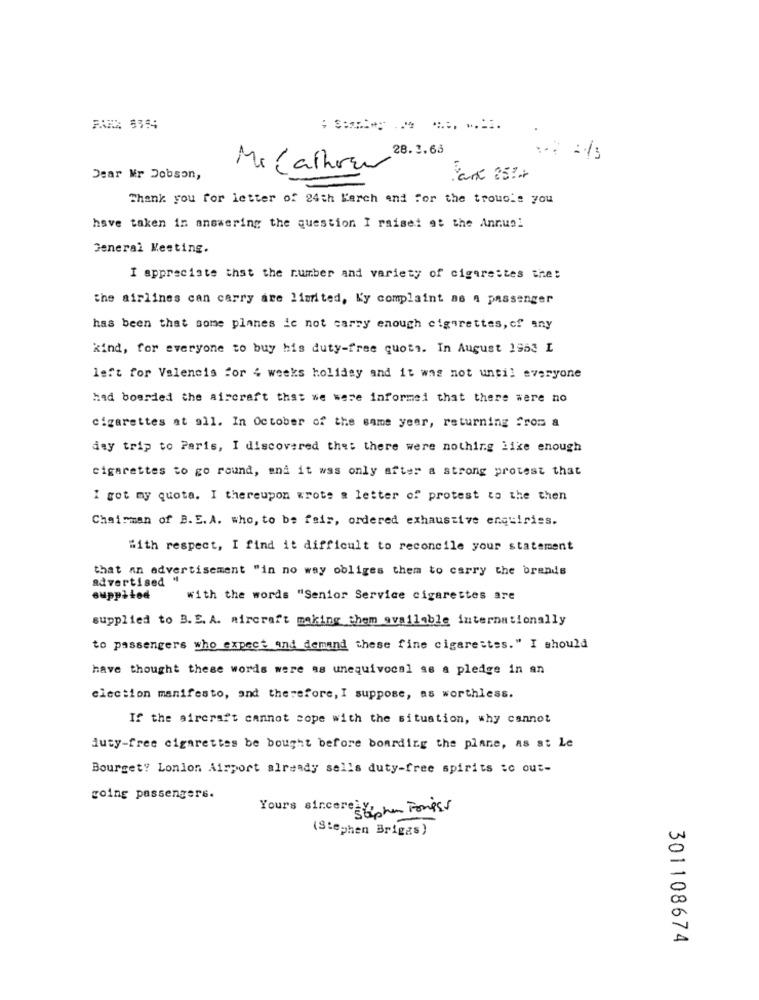
28.3.63
MeCalhou
Dear Mr Dobson,
Park 25:+
Thank you for letter of 24th March and for the trouois you
have taken in answering the question I raisei at the Annual
General Meeting.
I appreciate that the number and variety of cigarettes the:
the airlines can carry are limited, Ky complaint as A passenger
has been that some planes ic not carry enough cigarettes, of any
kind, for everyone to buy his duty-free quots. In August 1953 I
left for Valencia for 4 weeks holiday and it was not until everyone
had boarded the aircraft that we were informed that there were no
cigarettes at all. In October of the same year, returning from a
day trip to Paris, I discovered that there were nothing like enough
cigarettes to go round, and it was only after a strong protest that
I got my quota. I thereupon wrote a letter of protest to the then
Chairman of B. E. A. who, to be fair, ordered exhaustive enquiries.
With respect, I find it difficult to reconcile your statement
that an advertisement "in no way obliges them to carry the brands
advertised "
supplied
with the words "Senior Service cigarettes are
supplied to B.E. A. aircraft making them available internationally
to passengers who expect and demand these fine cigarettes." I should
have thought these words were as unequivocal as a pledge in an
election manifesto, and therefore, I suppose, as worthless.
If the aircraft cannot cope with the situation, why cannot
duty-free cigarettes be bought before boarding the plane, as st Le
Bourget? London Airport already sells duty-free spirits ic out-
going passengers.
Yours sincer stephen Fondss
(Stephen Briggs)
301108674